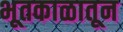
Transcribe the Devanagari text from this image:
भूतकाळातून